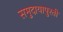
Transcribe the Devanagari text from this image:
समुदायापुरती